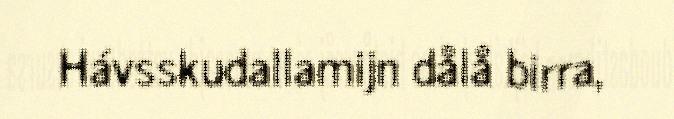
Hávsskudallamijn dålå birra,